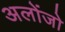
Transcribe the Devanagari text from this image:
अलोंजो